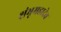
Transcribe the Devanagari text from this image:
शंभूमहादेव